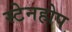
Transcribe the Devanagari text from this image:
स्टेनहोप